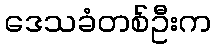
ဒေသခံတစ်ဦးက